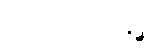
ဂျကာတာမြို့၌